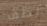
لطف